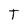
Character: T